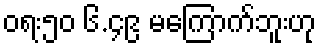
ဝရး၅၀ ၆.၄၉ မကြောက်ဘူးဟု